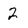
Character: 2